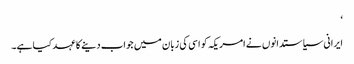
‘
ایرانی سیاستدانوں نے امریکہ کو اسی کی زبان میں جواب دینے کا عہد کیا ہے۔